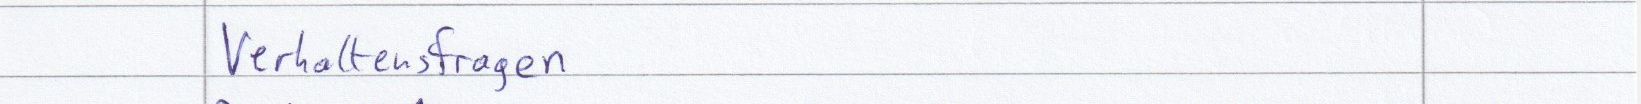
Verhaltensfragen